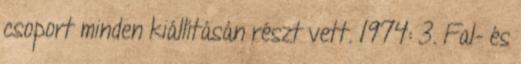
csoport minden kiállításán részt vett. 1974: 3. Fal- és